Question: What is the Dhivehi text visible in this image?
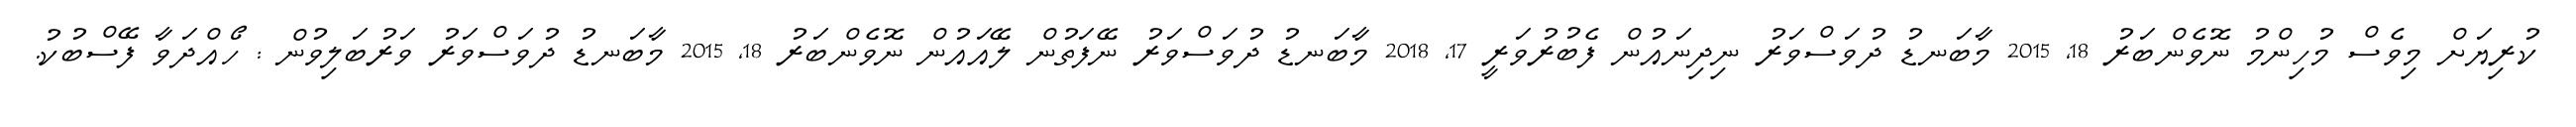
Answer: ކުރިޔަށް މިވެސް މުހިންމު ނޮވެންބަރު 18, 2015 މާބަނޑު ދުވަސްވަރު ނިދިނައުން ފެބުރުވަރީ 17, 2018 މާބަނޑު ދުވަސްވަރު ނޭފަތުން ލޭއައުން ނޮވެންބަރު 18, 2015 މާބަނޑު ދުވަސްވަރު ވަރުބަލިވުން : ހޯއްދަވާ ފޭސްބުކު.